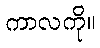
ကာလကို။